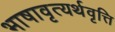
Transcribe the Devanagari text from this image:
भाषावृत्यर्थवृत्ति